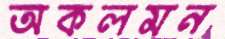
অকলমন